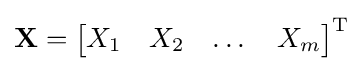
\mathbf {X} ={\begin{bmatrix}X_{1}&X_{2}&\dots &X_{m}\end{bmatrix}}^{\mathrm {T} }